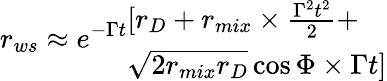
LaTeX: r_{ws}\approx e^{-\Gamma t}\begin{array}{l}{{[r_{D}+r_{mix}\times\frac{\Gamma^{2}t^{2}}{2}+}}\\ {{\sqrt{2r_{mix}r_{D}}\cos{\Phi}\times\Gamma t]}}\end{array}